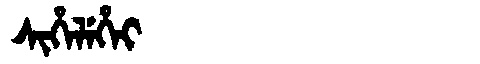
Manchu: ᠰᡳᡥᡝᠯᡝᡥᡝᡳ
Romanization: SIHELEHEI